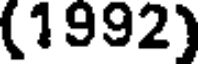
(1992)